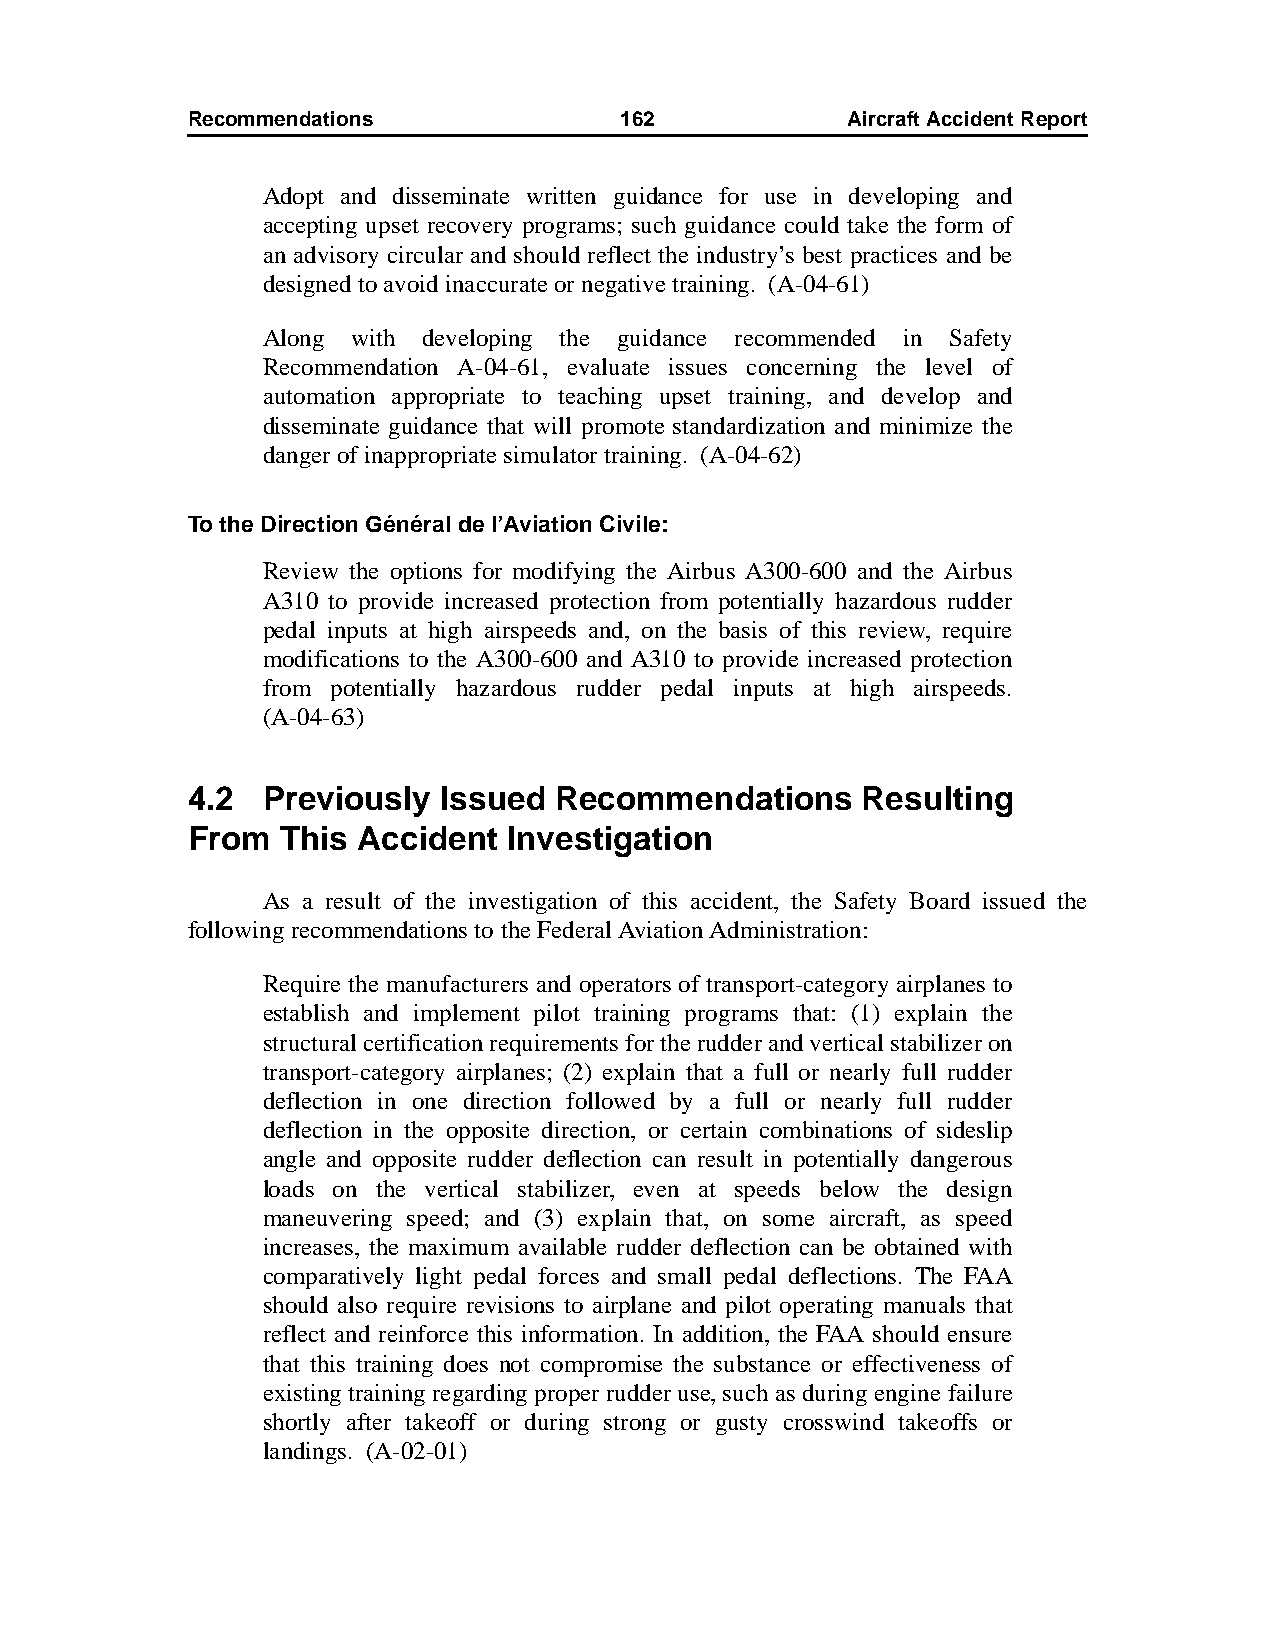
Recommendations              162            AircraftAccidentReport
 Adopt and disseminate written guidance for use in developing and
 accepting upset recovery programs; such guidance could take the form of
 an advisory circular and should reflect the industry’s best practices and be
 designed to avoid inaccurate or negative training. (A-04-61)
 Along with developing the guidance recommended in Safety
 Recommendation A-04-61, evaluate issues concerning the level of
 automation appropriate to teaching upset training, and develop and
 disseminate guidance that will promote standardization and minimize the
 danger of inappropriate simulator training. (A-04-62)
 To the Direction Général de l’Aviation Civile:
 Review the options for modifying the Airbus A300-600 and the Airbus
 A310 to provide increased protection from potentially hazardous rudder
 pedal inputs at high airspeeds and, on the basis of this review, require
 modifications to the A300-600 and A310 to provide increased protection
 from potentially hazardous rudder pedal inputs at high airspeeds.
 (A-04-63)
 4.2  Previously  Issued  Recommendations     Resulting
 From   This Accident  Investigation
 As a result of the investigation of this accident, the Safety Board issued the
 following recommendations to the Federal Aviation Administration:
 Require the manufacturers and operators of transport-category airplanes to
 establish and implement pilot training programs that: (1) explain the
 structural certification requirements for the rudder and vertical stabilizer on
 transport-category airplanes; (2) explain that a full or nearly full rudder
 deflection in one direction followed by a full or nearly full rudder
 deflection in the opposite direction, or certain combinations of sideslip
 angle and opposite rudder deflection can result in potentially dangerous
 loads on the vertical stabilizer, even at speeds below the design
 maneuvering speed; and (3) explain that, on some aircraft, as speed
 increases, the maximum available rudder deflection can be obtained with
 comparatively light pedal forces and small pedal deflections. The FAA
 should also require revisions to airplane and pilot operating manuals that
 reflect and reinforce this information. In addition, the FAA should ensure
 that this training does not compromise the substance or effectiveness of
 existing training regarding proper rudder use, such as during engine failure
 shortly after takeoff or during strong or gusty crosswind takeoffs or
 landings. (A-02-01)